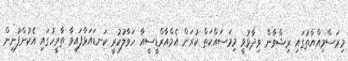
މިރަސްމިއްޔާތުގައި ރިޝްވާން ވިދާޅުވީ މިމަސައްކަތް ކުރަން އެމްއާރްޑީސީއާ ހަވާލުކުރީ ކަނޑައަޅާފައިވާ ތާރީހުގައި އެކުންފުނިން